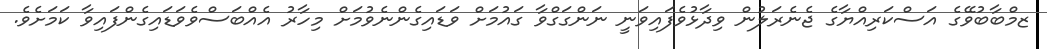
ޒމްބާބުވޭގެ އަސްކަރިއްޔާގެ ޖެނެރަލުން ވިދާޅުވެފައިވަނީ ނަންގަގްވާ ގައުމަށް ވަޑައިގެންނެވުމަށް މިހާރު އެއްބަސްވެވަޑައިގެންފައިވާ ކަމަށެވެ.